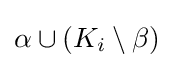
\alpha \cup (K_{i}\setminus \beta )